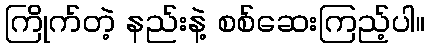
ကြိုက်တဲ့ နည်းနဲ့ စစ်ဆေးကြည့်ပါ။